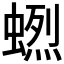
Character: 𧏲